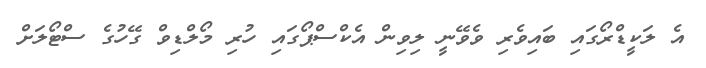
އެ ލަކީޑްރޯގައި ބައިވެރި ވެވޭނީ ލިވިން އެކްސްޕޯގައި ހުރި މޯލްޑިވް ގޭހުގެ ސްޓޯލަށް